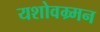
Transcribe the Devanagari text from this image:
यशोवम्र्मन